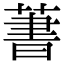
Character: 𦶕